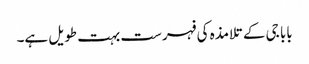
بابا جی کے تلامذہ کی فہرست بہت طویل ہے۔